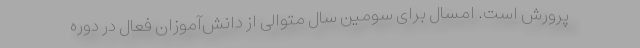
پرورش است. امسال برای سومین سال متوالی از دانش‌آموزان فعال در دوره